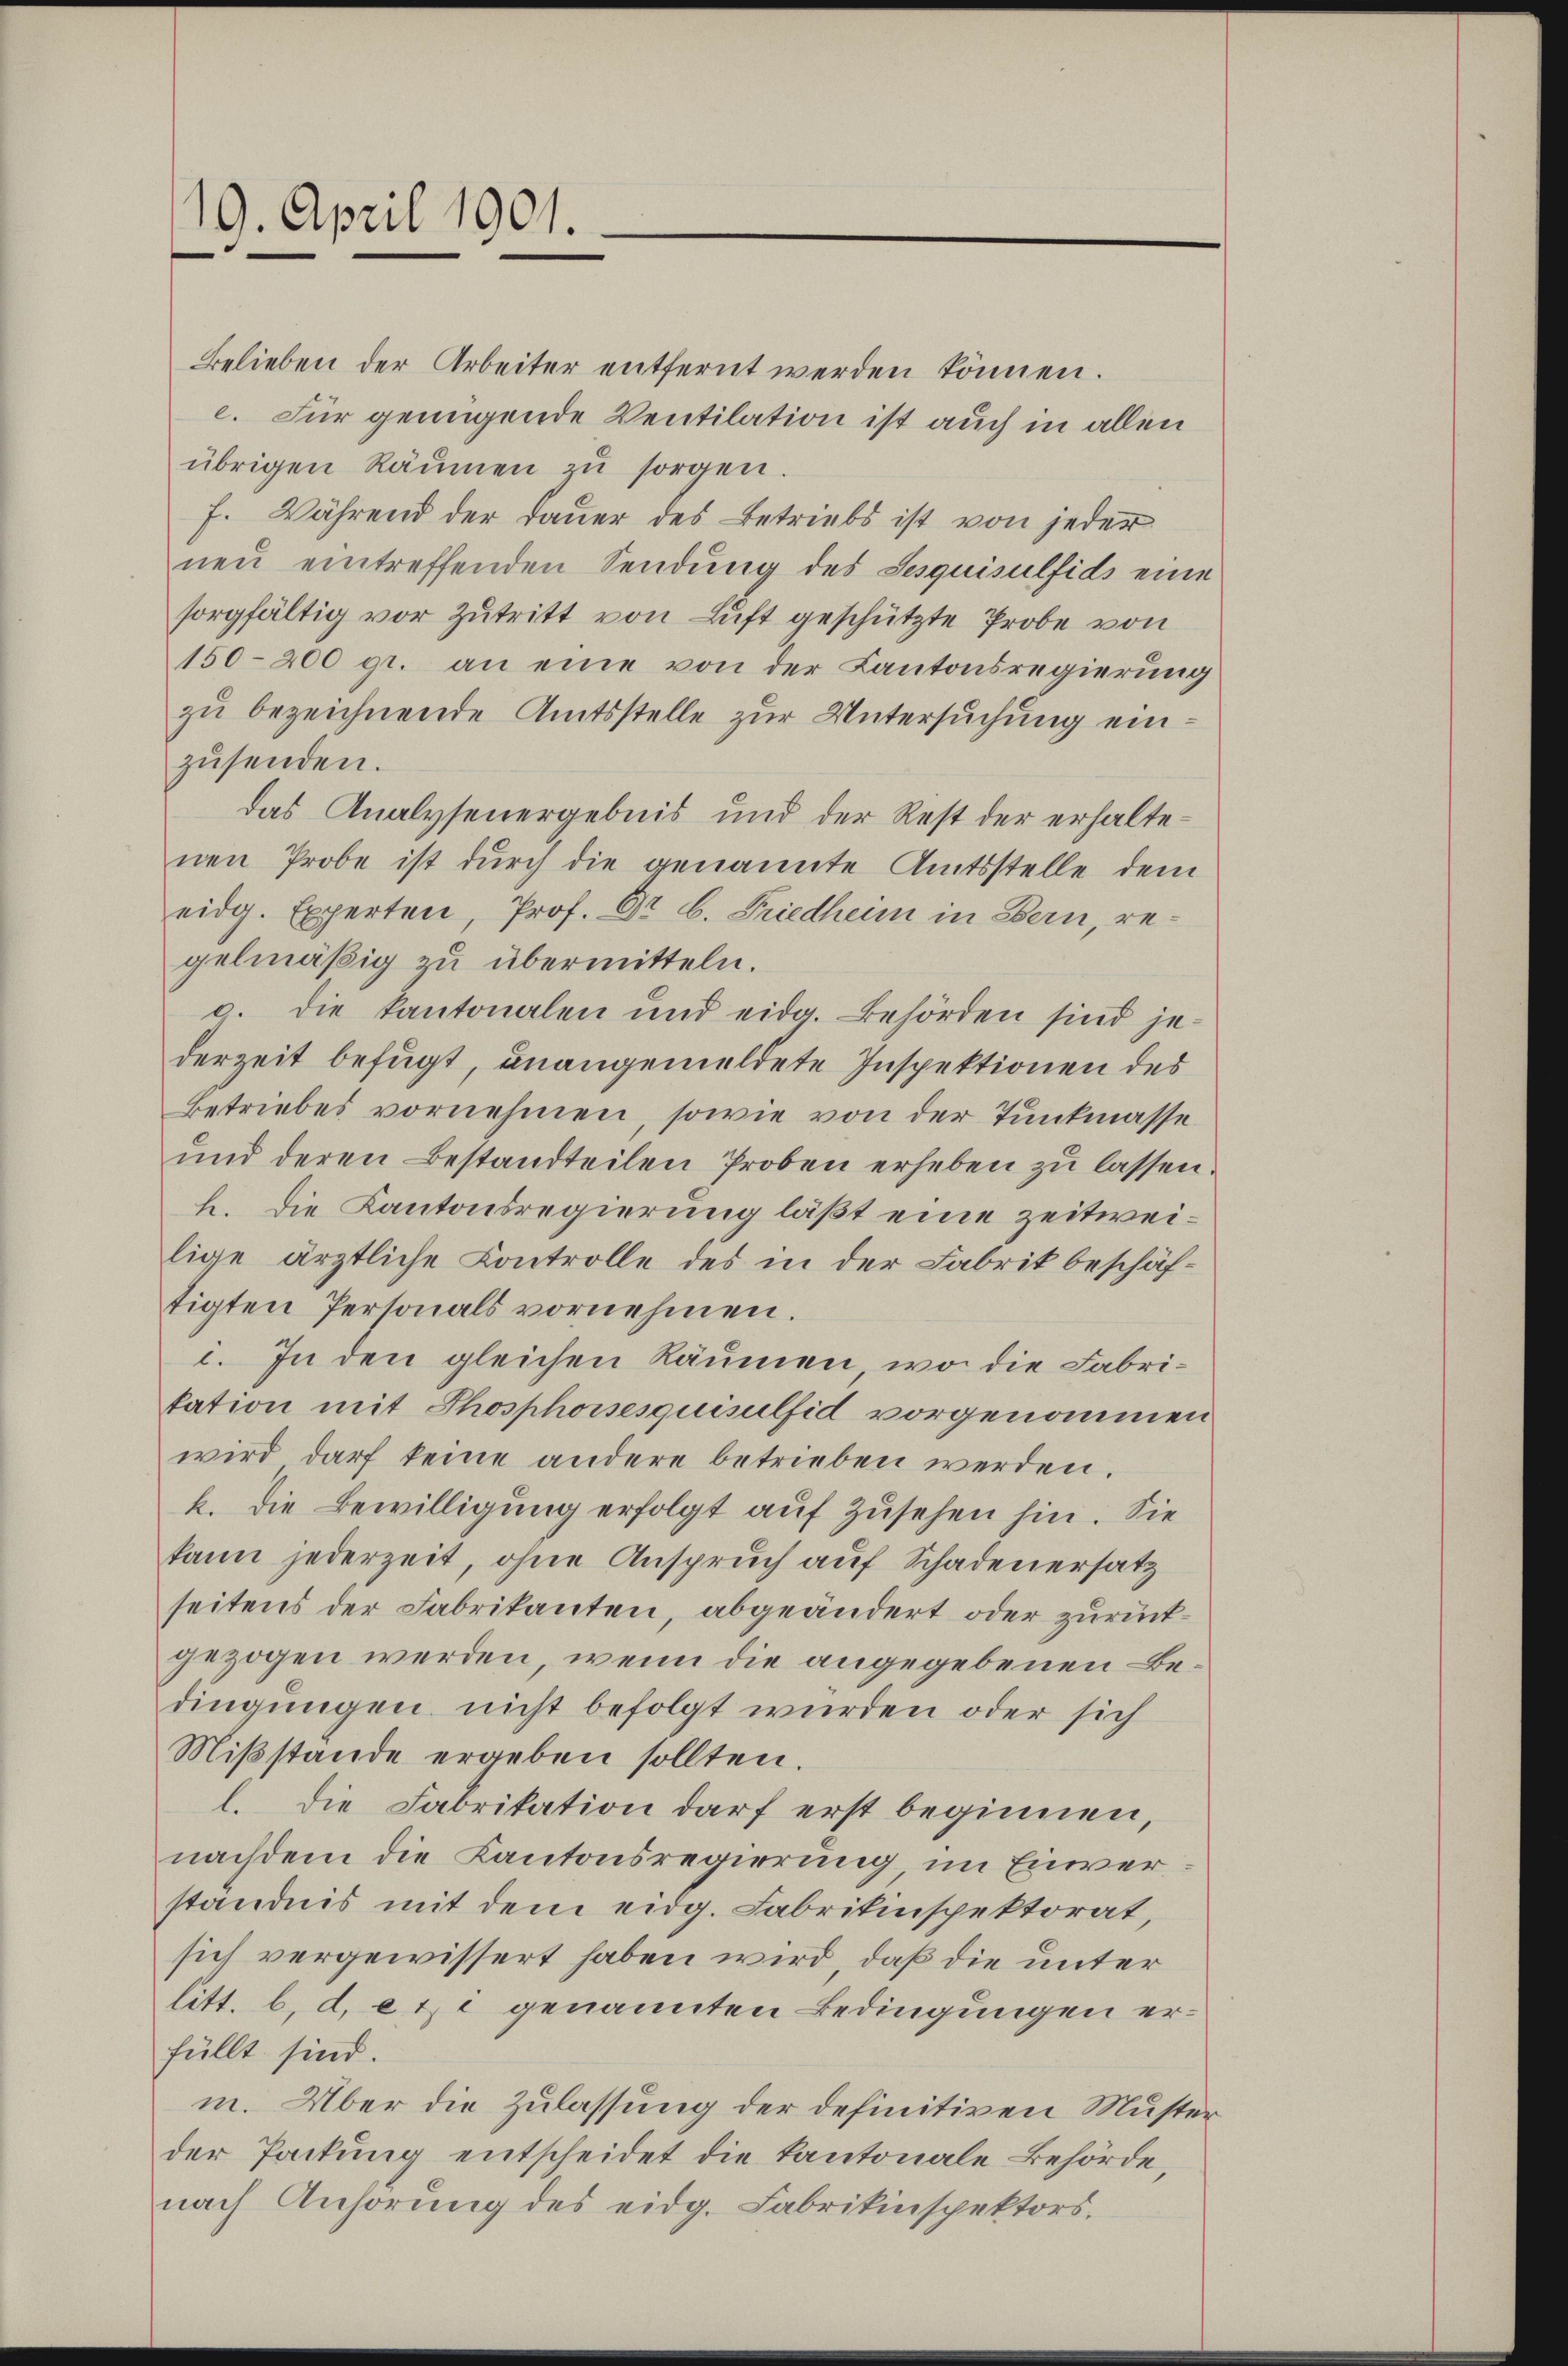
19. April 1901.

Belieben der Arbeiter entfernt werden können.
c. Für genügende Ventilation ist auch in allen
übrigen Räumen zŭ sorgen.
F. Während der Dauer des Betriebs ist von jeder
neu eintreffenden Sendung des Sesquisulfids eine
sorgfältig vor Zutritt von Luft geschützte Probe von
150–200 gr. an eine von der Kantonsregierung
zu bezeichnende Amtsstelle zur Untersuchung ein
zusenden.
das Analysenergebnis und der Rest der erhaltenen Probe ist durch die genannte Amtsstelle dem
eidg. Experten, Prof. Dr. C. Friedheim in Bern, re-
gelmäßig zu übermitteln.
g. die kantonalen und eidg. Behörden sind je-
derzeit befugt, unangemeldete Inspektionen des
Betriebes vornehmen, sowie von der Tunkmasse
und deren Bestandteilen Proben erheben zu lassen.
h. Die Kantonsregierung läßt eine zeitweilige ärztliche Controlle des in der Fabrik beschäftigten Personals vornehmen.
i. In den gleichen Räumen, wo die Fabritation mit Phosphoisesquisulfid vorgenommen
wird darf keine andere betrieben werden.
k. Die Bewilligung erfolgt auf zusehen hin. Sie
kann jederzeit, ohne Anspruch auf Schadenersatz
seitens der Fabrikanten, abgeändert oder zurückgezogen werden, wenn die angegebenen Bedingungen nicht befolgt wurden oder sich
Mißstände ergeben sollten.
l. die Fabrikation darf erst beginnen,
nachdem die Kantonsregierung im Einverständnis mit dem eidg. Fabrikinspektorat,
sich vergewissert haben wird, daß die unter
litt. b. d. et genannten Bedingungen erfüllt sind.
m. Über die Zulassung der definitiven Musterder Packung entscheidet die Kantonale Behörde,
nach Anhörung des eidg. Fabrikinspektors.